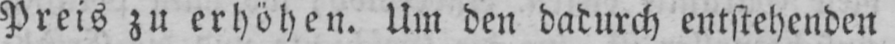
Preis zu erhöhen. Um den dadurch entstehenden